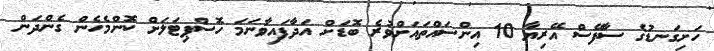
ހަށިގަނޑުގެ ސާފޭސް އޭރިޔާ 10 އިންސައްތައަށްވުރެ ބޮޑަށް އަދާފައިވާނަމަ ހޮސްޕިޓަލަށް ކޮންމެހެން ގެންދަން